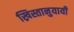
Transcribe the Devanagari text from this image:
ख्रिस्तानुयायी